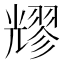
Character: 𠓂